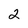
Character: 2